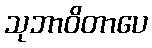
သုဘာဝိတာပေ